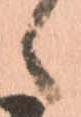
ヽ